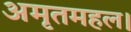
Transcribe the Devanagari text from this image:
अमृतमहल।